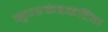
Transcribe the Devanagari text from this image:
सुपरकंडकटिंग